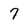
Character: 7